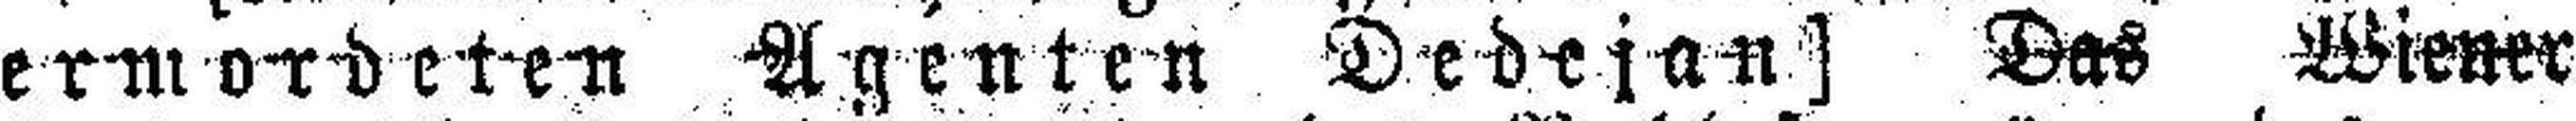
ermordeten Agenten Dedejan] Das Wiener